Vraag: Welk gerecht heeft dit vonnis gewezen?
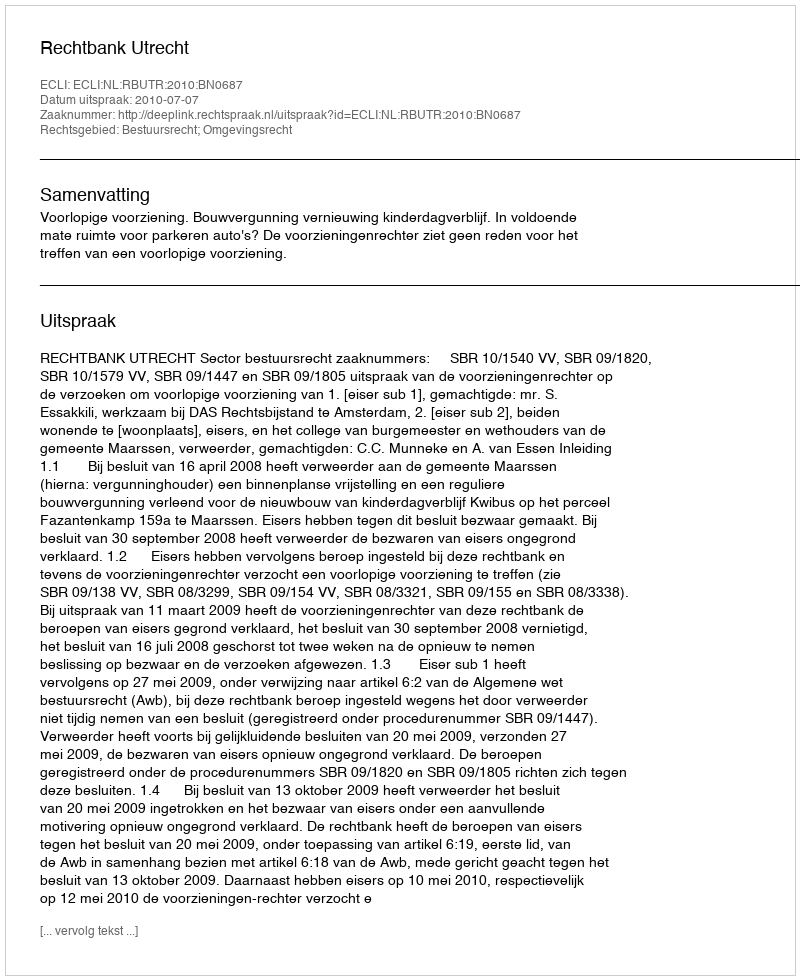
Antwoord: Rechtbank Utrecht